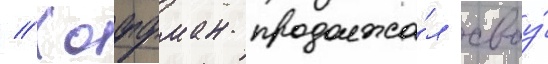
// Хоффман продолжа́л своу́